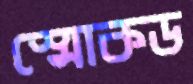
স্মোকড